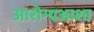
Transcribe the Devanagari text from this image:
आरोग्यआशा